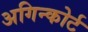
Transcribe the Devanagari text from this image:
अगिन्कोर्ट